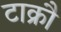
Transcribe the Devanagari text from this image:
टाक्रौ